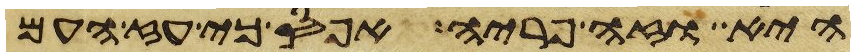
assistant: היא וזה פריה אפס כי עז העם